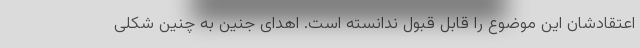
اعتقادشان این موضوع را قابل قبول ندانسته است. اهدای جنین به چنین شکلی